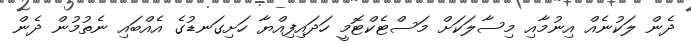
ދެން ލަކުނެއް އިނުމާއި މިސާލަކަށް މަސްޓެކްޓޮމީ ހަދައިފިއްޔާ ހަށިގަނޑުގެ އެއްބައި ނެތުމުން ދެން